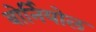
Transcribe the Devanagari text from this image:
बोर्नियोल